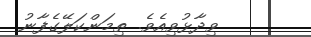
ވިދާޅުވިއެވެ. ތިމަންކަލޭގެފާނު